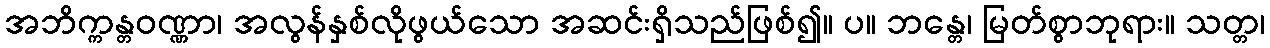
အဘိက္ကန္တဝဏ္ဏာ၊ အလွန်နှစ်လိုဖွယ်သော အဆင်းရှိသည်ဖြစ်၍။ ပ။ ဘန္တေ၊ မြတ်စွာဘုရား။ သတ္တ၊